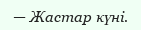
— Жастар күні.